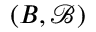
( B , { \mathcal { B } } )